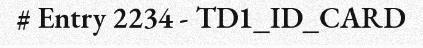
# Entry 2234 - TD1_ID_CARD